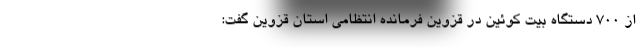
از 700 دستگاه بیت کوئین در قزوین فرمانده انتظامی استان قزوین گفت: